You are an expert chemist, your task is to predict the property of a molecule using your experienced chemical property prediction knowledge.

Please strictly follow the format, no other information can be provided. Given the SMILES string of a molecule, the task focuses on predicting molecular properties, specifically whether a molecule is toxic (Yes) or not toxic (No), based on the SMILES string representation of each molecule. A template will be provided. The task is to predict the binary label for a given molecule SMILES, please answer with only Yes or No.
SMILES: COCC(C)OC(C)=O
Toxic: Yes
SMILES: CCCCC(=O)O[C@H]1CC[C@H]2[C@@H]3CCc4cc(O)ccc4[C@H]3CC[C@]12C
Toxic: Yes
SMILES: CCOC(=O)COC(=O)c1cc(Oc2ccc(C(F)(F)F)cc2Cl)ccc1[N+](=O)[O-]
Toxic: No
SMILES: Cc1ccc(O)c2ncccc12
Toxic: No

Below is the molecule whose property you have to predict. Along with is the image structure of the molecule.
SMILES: O=C1C(Cl)C(CCl)CN1c1cccc(C(F)(F)F)c1
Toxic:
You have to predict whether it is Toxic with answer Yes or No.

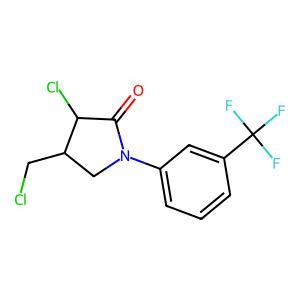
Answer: No